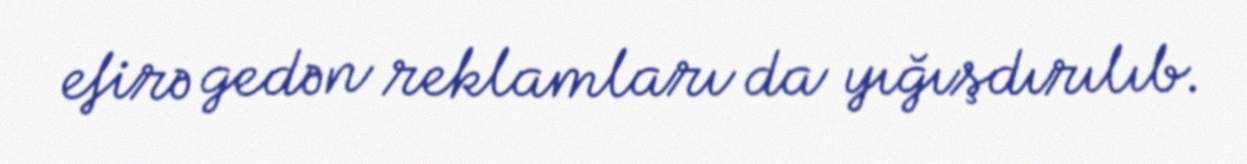
efirə gedən reklamları da yığışdırılıb.